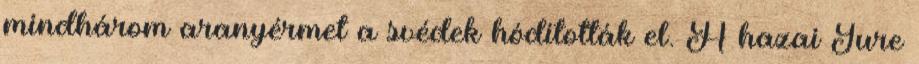
mindhárom aranyérmet a svédek hódították el. A hazai Jure